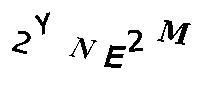
2YNE2M